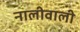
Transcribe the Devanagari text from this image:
नालीवाली